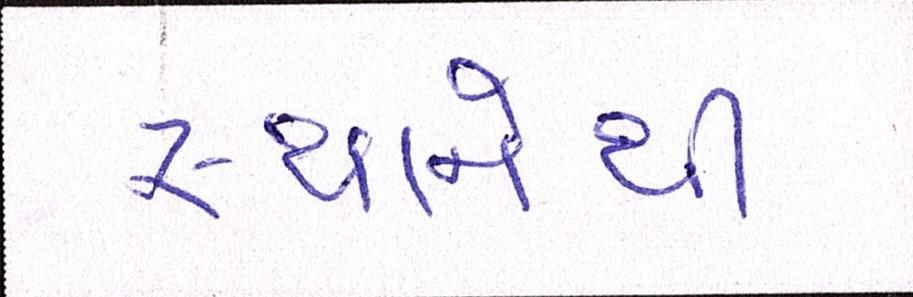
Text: સ્થાનેથી